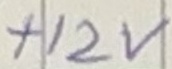
Text: +12V